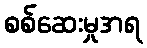
စစ်ဆေးမှုအရ